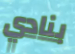
بنادي